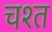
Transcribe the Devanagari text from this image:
चश्त